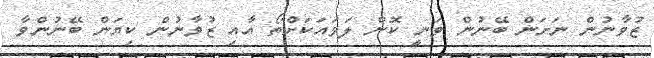
ޒުވާނުން ނަށަން ބޭނުން ވަނީ ކޮން ލަވައަކަށްތޯ އާއި ޒުވާނުން ކިޔަން ބޭނުންވާ